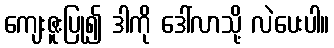
ကျေးဇူးပြု၍ ဒါကို ဒေါ်လာသို့ လဲပေးပါ။